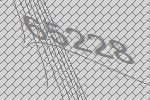
65228